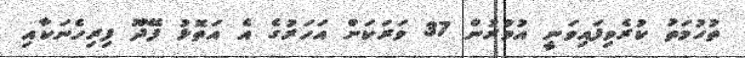
ތުހުމަތު ކުރެވިފައިވަނީ އުމުރުން 37 ވަރަކަށް އަހަރުގެ އެ އަތޮޅު ފޭދޫ ފިރިހެނަކާއި